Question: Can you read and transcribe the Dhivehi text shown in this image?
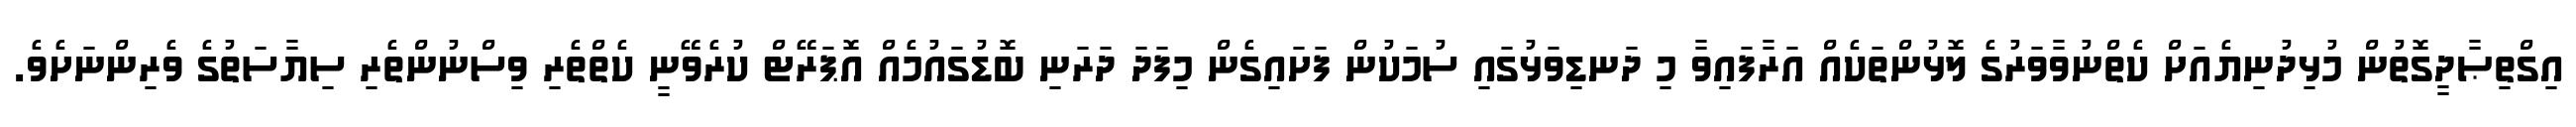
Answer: އިގްތިޞާދީގޮތުން މުޅިދުނިޔެއަށް ކެތްނުވާވަރުގެ ލޮޅުންތަކެއް އަރާފައިވާ މި ދަނޑިވަޅުގައި ސުމަކުން ފަށައިގެން މިފަދަ ދަރަނި ބޮޑުގައުމެއް އޮޕަރޭޓް ކުރެވޭނީ ކެތްތެރި ވިސްނުންތެރި ސިޔާސަތުގެ ވެރިންނަށެވެ.